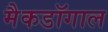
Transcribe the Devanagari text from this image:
मैकडॉगाल